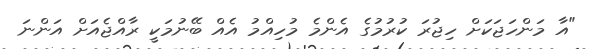
"އާ މަންހަޖަކަށް ހިޖުރަ ކުރުމުގެ އެންމެ މުހިއްމު އެއް ބޭނުމަކީ ރާއްޖެއަށް އަންނަ